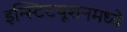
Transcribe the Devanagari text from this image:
इन्स्टिटयूशनमध्ये